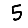
Digit: 5